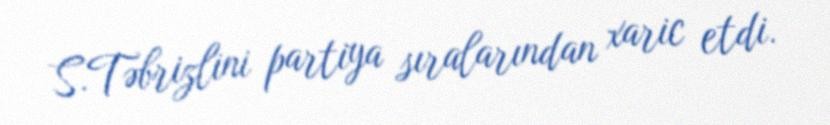
S.Təbrizlini partiya sıralarından xaric etdi.